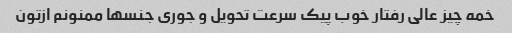
خمه چیز عالی رفتار خوب پیک سرعت تحویل و جوری جنسها ممنونم ازتون